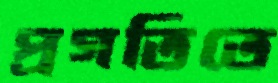
প্রগতিতে